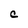
Character: C